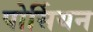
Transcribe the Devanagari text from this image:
पोर्सियन